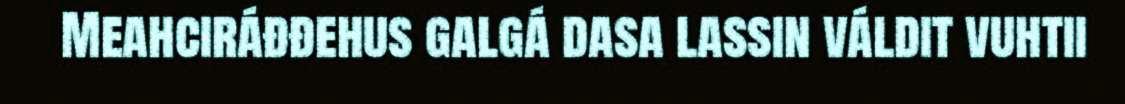
Meahciráđđehus galgá dasa lassin váldit vuhtii